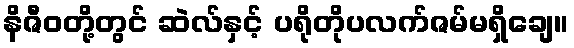
နိဇီဝတို့တွင် ဆဲလ်နှင့် ပရိုတိုပလက်ဇမ်မရှိချေ။